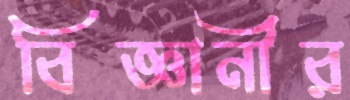
বিজ্ঞানীর